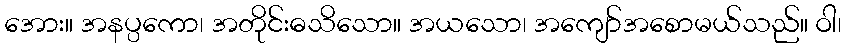
အေား။ အနပ္ပကော၊ အတိုင်းဓသိသော။ အယသော၊ အကျော်အစောမယ်သည်။ ဝါ၊